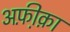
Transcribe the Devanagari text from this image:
अफ़ी़क़ा